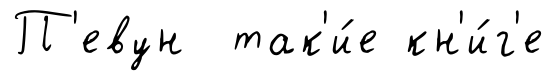
П'евун так'и́е кн'и́г'е